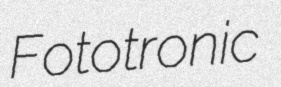
Fototronic